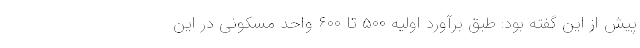
پیش از این گفته بود: طبق برآورد اولیه ۵۰۰ تا ۶۰۰ واحد مسکونی در این